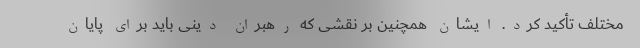
مختلف تأکید کرد. ایشان همچنین بر نقشی که رهبران دینی باید برای پایان